Scientific memoirs by medical officers of the Army of India - Part XII,
Year: 1901
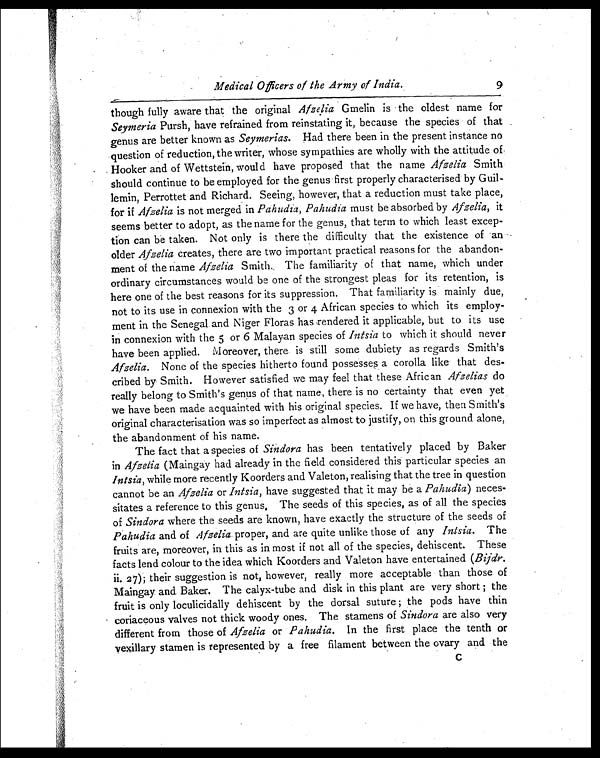
Medical Officers of the Army of India.
9
though fully aware that the original Afzelia Gmelin is the oldest name for
Seymeria Pursh, have refrained from reinstating it, because the species of that
genus are better known as Seymerias. Had there been in the present instance no
question of reduction, the writer, whose sympathies are wholly with the attitude of
Hooker and of Wettstein, would have proposed that the name Afzelia Smith
should continue to be employed for the genus first properly characterised by Guil-
lemin, Perrottet and Richard. Seeing, however, that a reduction must take place,
for if Afzelia is not merged in Pahudia, Pahudia must be absorbed by Afzelia, it
seems better to adopt, as the name for the genus, that term to which least excep-
-tion can be taken. Not only is there the difficulty that the existence of an
older Afzelia creates, there are two important practical reasons for the abandon--
ment of the name Afzelia Smith. The familiarity of that name, which under
ordinary circumstances would be one of the strongest pleas for its retention, is
here one of the best reasons for its suppression. That familiarity is mainly due,
not to its use in connexion with the 3 or 4 African species to which its employ--
ment in the Senegal. and Niger Floras has rendered it applicable, but to its use
in connexion with the 5 or 6 Malayan species of Intsia to which it should never
have been applied. Moreover, there is still some dubiety as regards Smith's
Afzelia. None of the species hitherto found possesses a corolla like that des--
cribed by Smith. However satisfied we may feel that these African Afzelias do
really belong to Smith's genus of that name, there is no certainty that even yet
we have been made acquainted with his original species. If we have, then Smith's
original characterisation was so imperfect as almost to justify, on this ground alone,
the abandonment of his name.
The fact that a species of Sindora has been tentatively placed by Baker
in Afzelia (Maingay had already in the field considered this particular species an
Intsia, while more recently Koorders and Valeton, realising that the tree in question
cannot be an Afzelia or Intsia, have suggested that it may be a Pahudia) neces-
sitates a reference to this genus. The seeds of this species, as of all the species
of Sindora where the seeds are known, have exactly the structure of the seeds of
Pahudia and of Afzelia proper, and are quite unlike those of any Intsia. The
fruits are, moreover, in this as in most if not all of the species, dehiscent. These
facts lend colour to the idea which Koorders and Valeton have entertained (Bijdr.
ii. 27); their suggestion is not, however, really more acceptable than those of
Maingay and Baker. The calyx-tube and disk in this plant are very short ; the
fruit is only loculicidally dehiscent by the dorsal suture ; the pods have thin
coriaceous valves not thick woody ones. The stamens of Sindora are also very
different from those of Afzelia or Pahudia. In the first place the tenth or
vexillary stamen is represented by a free filament between the ovary and the
c